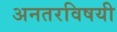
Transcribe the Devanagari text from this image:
अनतरविषयी